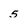
Character: 5